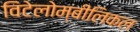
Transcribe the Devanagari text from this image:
विटेलोम्बीलिकल